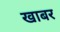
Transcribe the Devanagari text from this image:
खाबर